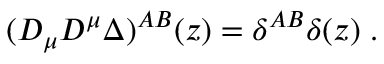
( D _ { \mu } D ^ { \mu } \Delta ) ^ { A B } ( z ) = \delta ^ { A B } \delta ( z ) \; .